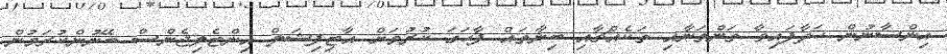
އިންސާނުން ހަދާފައިވާ ތަންތަނާއި ތަކެއްޗާއި ބިނާތައް ފާހަގަ ކުރުމަށް އާޓިފިޝަލް އިންޓެލިޖެންސް ބޭނުންކުރަމުން